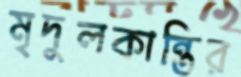
মৃদুলকান্তির